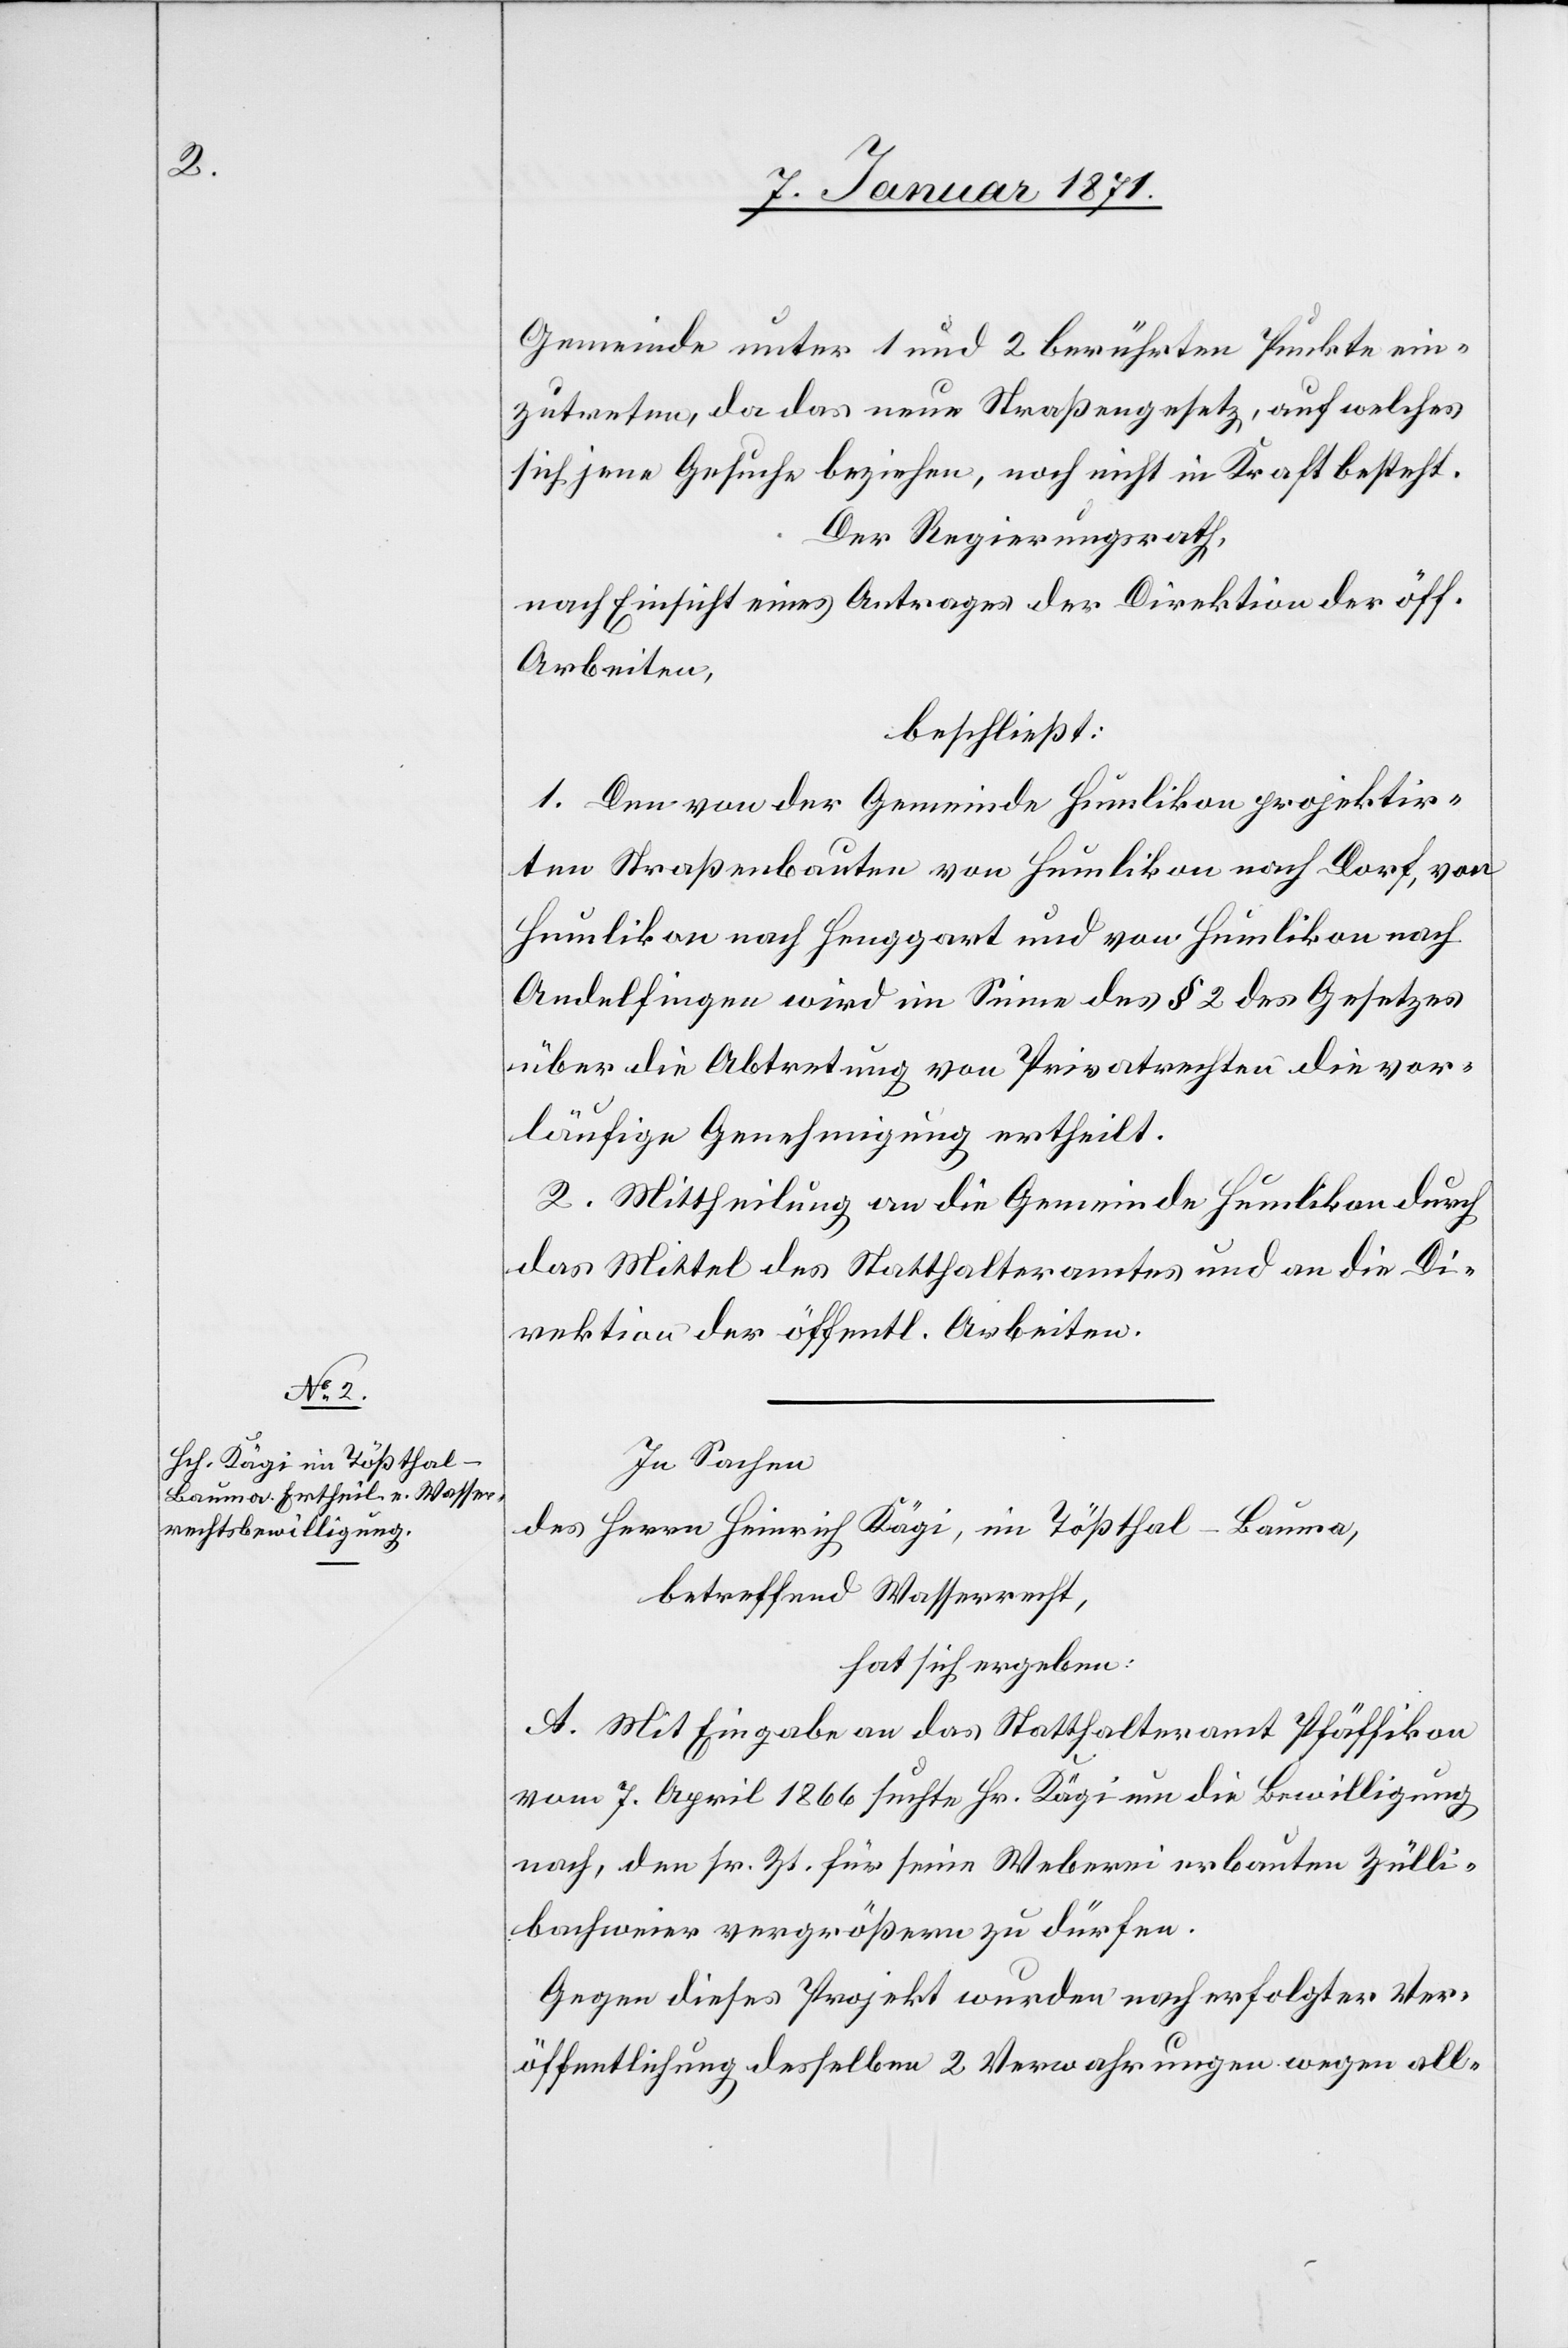
Gemeinde unter 1 und 2 berührten Punkte ein¬
zutreten, da das neue Straßengesetz, auf welches
sich jene Gesuche beziehen, noch nicht in Kraft besteht.
Der Regierungsrath,
nach Einsicht eines Antrages der Direktion der öff.
Arbeiten,
beschließt:
1. Den von der Gemeinde Humlikon projektir¬
ten Straßenbauten von Humlikon nach Dorf, von
Humlikon nach Henggart und von Humlikon nach
Andelfingen wird im Sinne des § 2 des Gesetzes
über die Abtretung von Privatrechten die vor¬
läufige Genehmigung ertheilt.
2. Mittheilung an die Gemeinde Humlikon durch
das Mittel des Statthalteramtes und an die Di¬
rektion der öffentl. Arbeiten.
In Sachen
des Herrn Heinrich Kägi, im Tößthal–Bauma
betreffend Wasserrecht,
hat sich ergeben:
A. Mit Eingabe an das Statthalteramt Pfäffikon
vom 7. April 1866 suchte Hr. Kägi um die Bewilligung
nach, den sr. Zt. für seine Weberei erbauten Zülli¬
bachweier vergrößern zu dürfen.
Gegen dieses Projekt wurden nach erfolgter Ver¬
öffentlichung desselben 2 Verwahrungen wegen all-